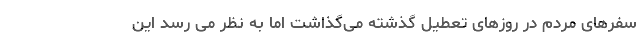
سفرهای مردم در روزهای تعطیل گذشته می‌گذاشت اما به نظر می رسد این